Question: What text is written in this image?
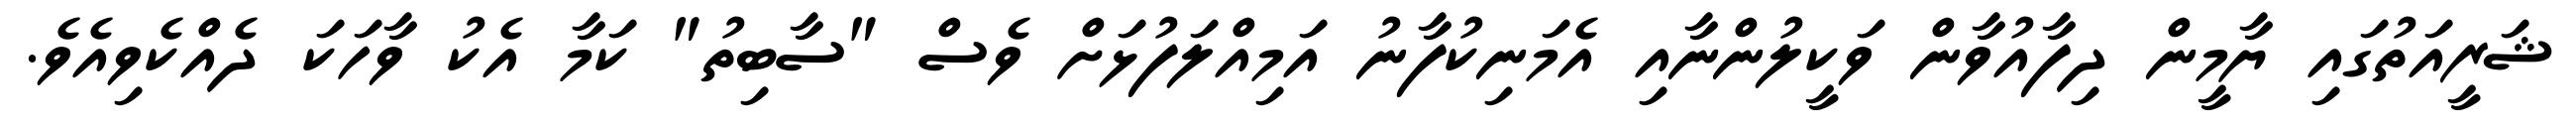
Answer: ޝަރީއަތުގައި ޔާމީން ދިފާއުވާން ވަކީލުންނާއި އެމަނިކުފާނު އަމިއްލަފުޅަށް ވެސް "ސާބިތު" ކަމާ އެކު ވާހަކަ ދެއްކެވިއެވެ.